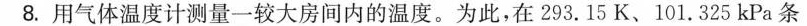
8.用气体温度计测量一较大房间内的温度。为此，在293.15K、101.325kPa条